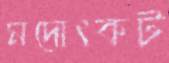
মদোৎকট